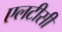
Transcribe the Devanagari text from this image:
एलटीसी